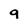
Character: 9